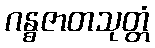
ဂန္ဓဇာတသုတ္တံ